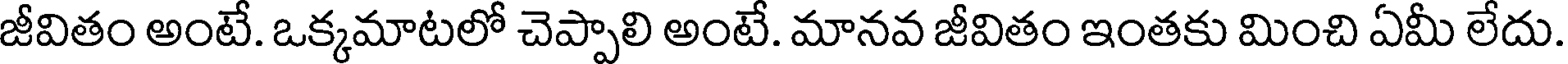
జీవితం అంటే. ఒక్కమాటలో చెప్పాలి అంటే. మానవ జీవితం ఇంతకు మించి ఏమీ లేదు